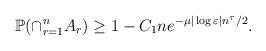
LaTeX: \begin{align*}\mathbb{P}(\cap_{r=1}^n A_r) \ge 1 - C_1 n e^{-\mu |\log \varepsilon| n^{\tau}/2}.\end{align*}